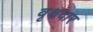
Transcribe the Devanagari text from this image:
वृक्षदार